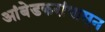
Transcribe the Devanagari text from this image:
आंबेडकरांपासून